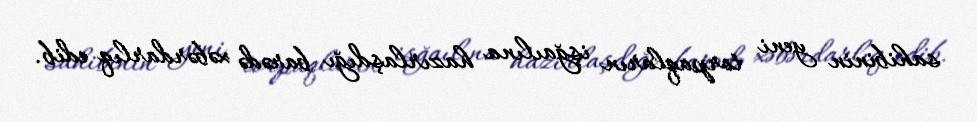
sahibinin yeni torpaqların işğaılına hazırlaşdığı barədə xəbərdarlıq edib.